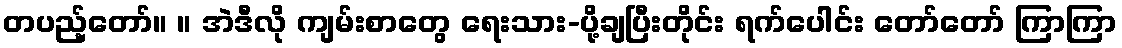
တပည့်တော်။ ။ အဲဒီလို ကျမ်းစာတွေ ရေးသား-ပို့ချပြီးတိုင်း ရက်ပေါင်း တော်တော် ကြာကြာ